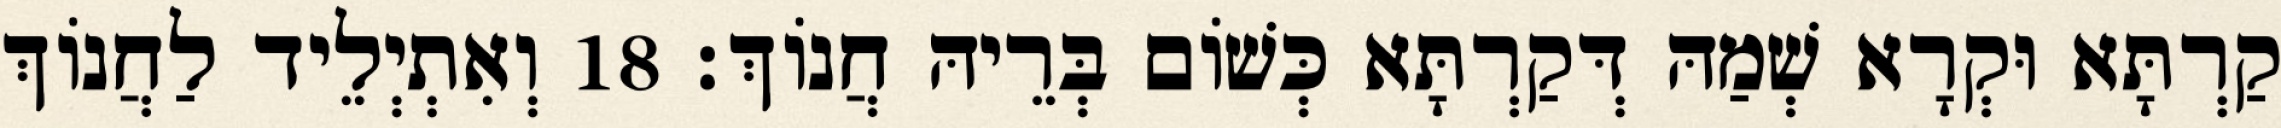
קַרְתָּא וּקְרָא שְׁמַהּ דְּקַרְתָּא כְּשׁוֹם בְּרֵיהּ חֲנוֹךְ׃ 18 וְאִתְיְלֵיד לַחֲנוֹךְ